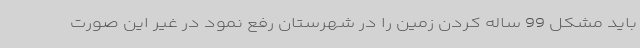
باید مشکل 99 ساله کردن زمین را در شهرستان رفع نمود در غیر این صورت